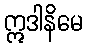
ဣဒါနိမေ